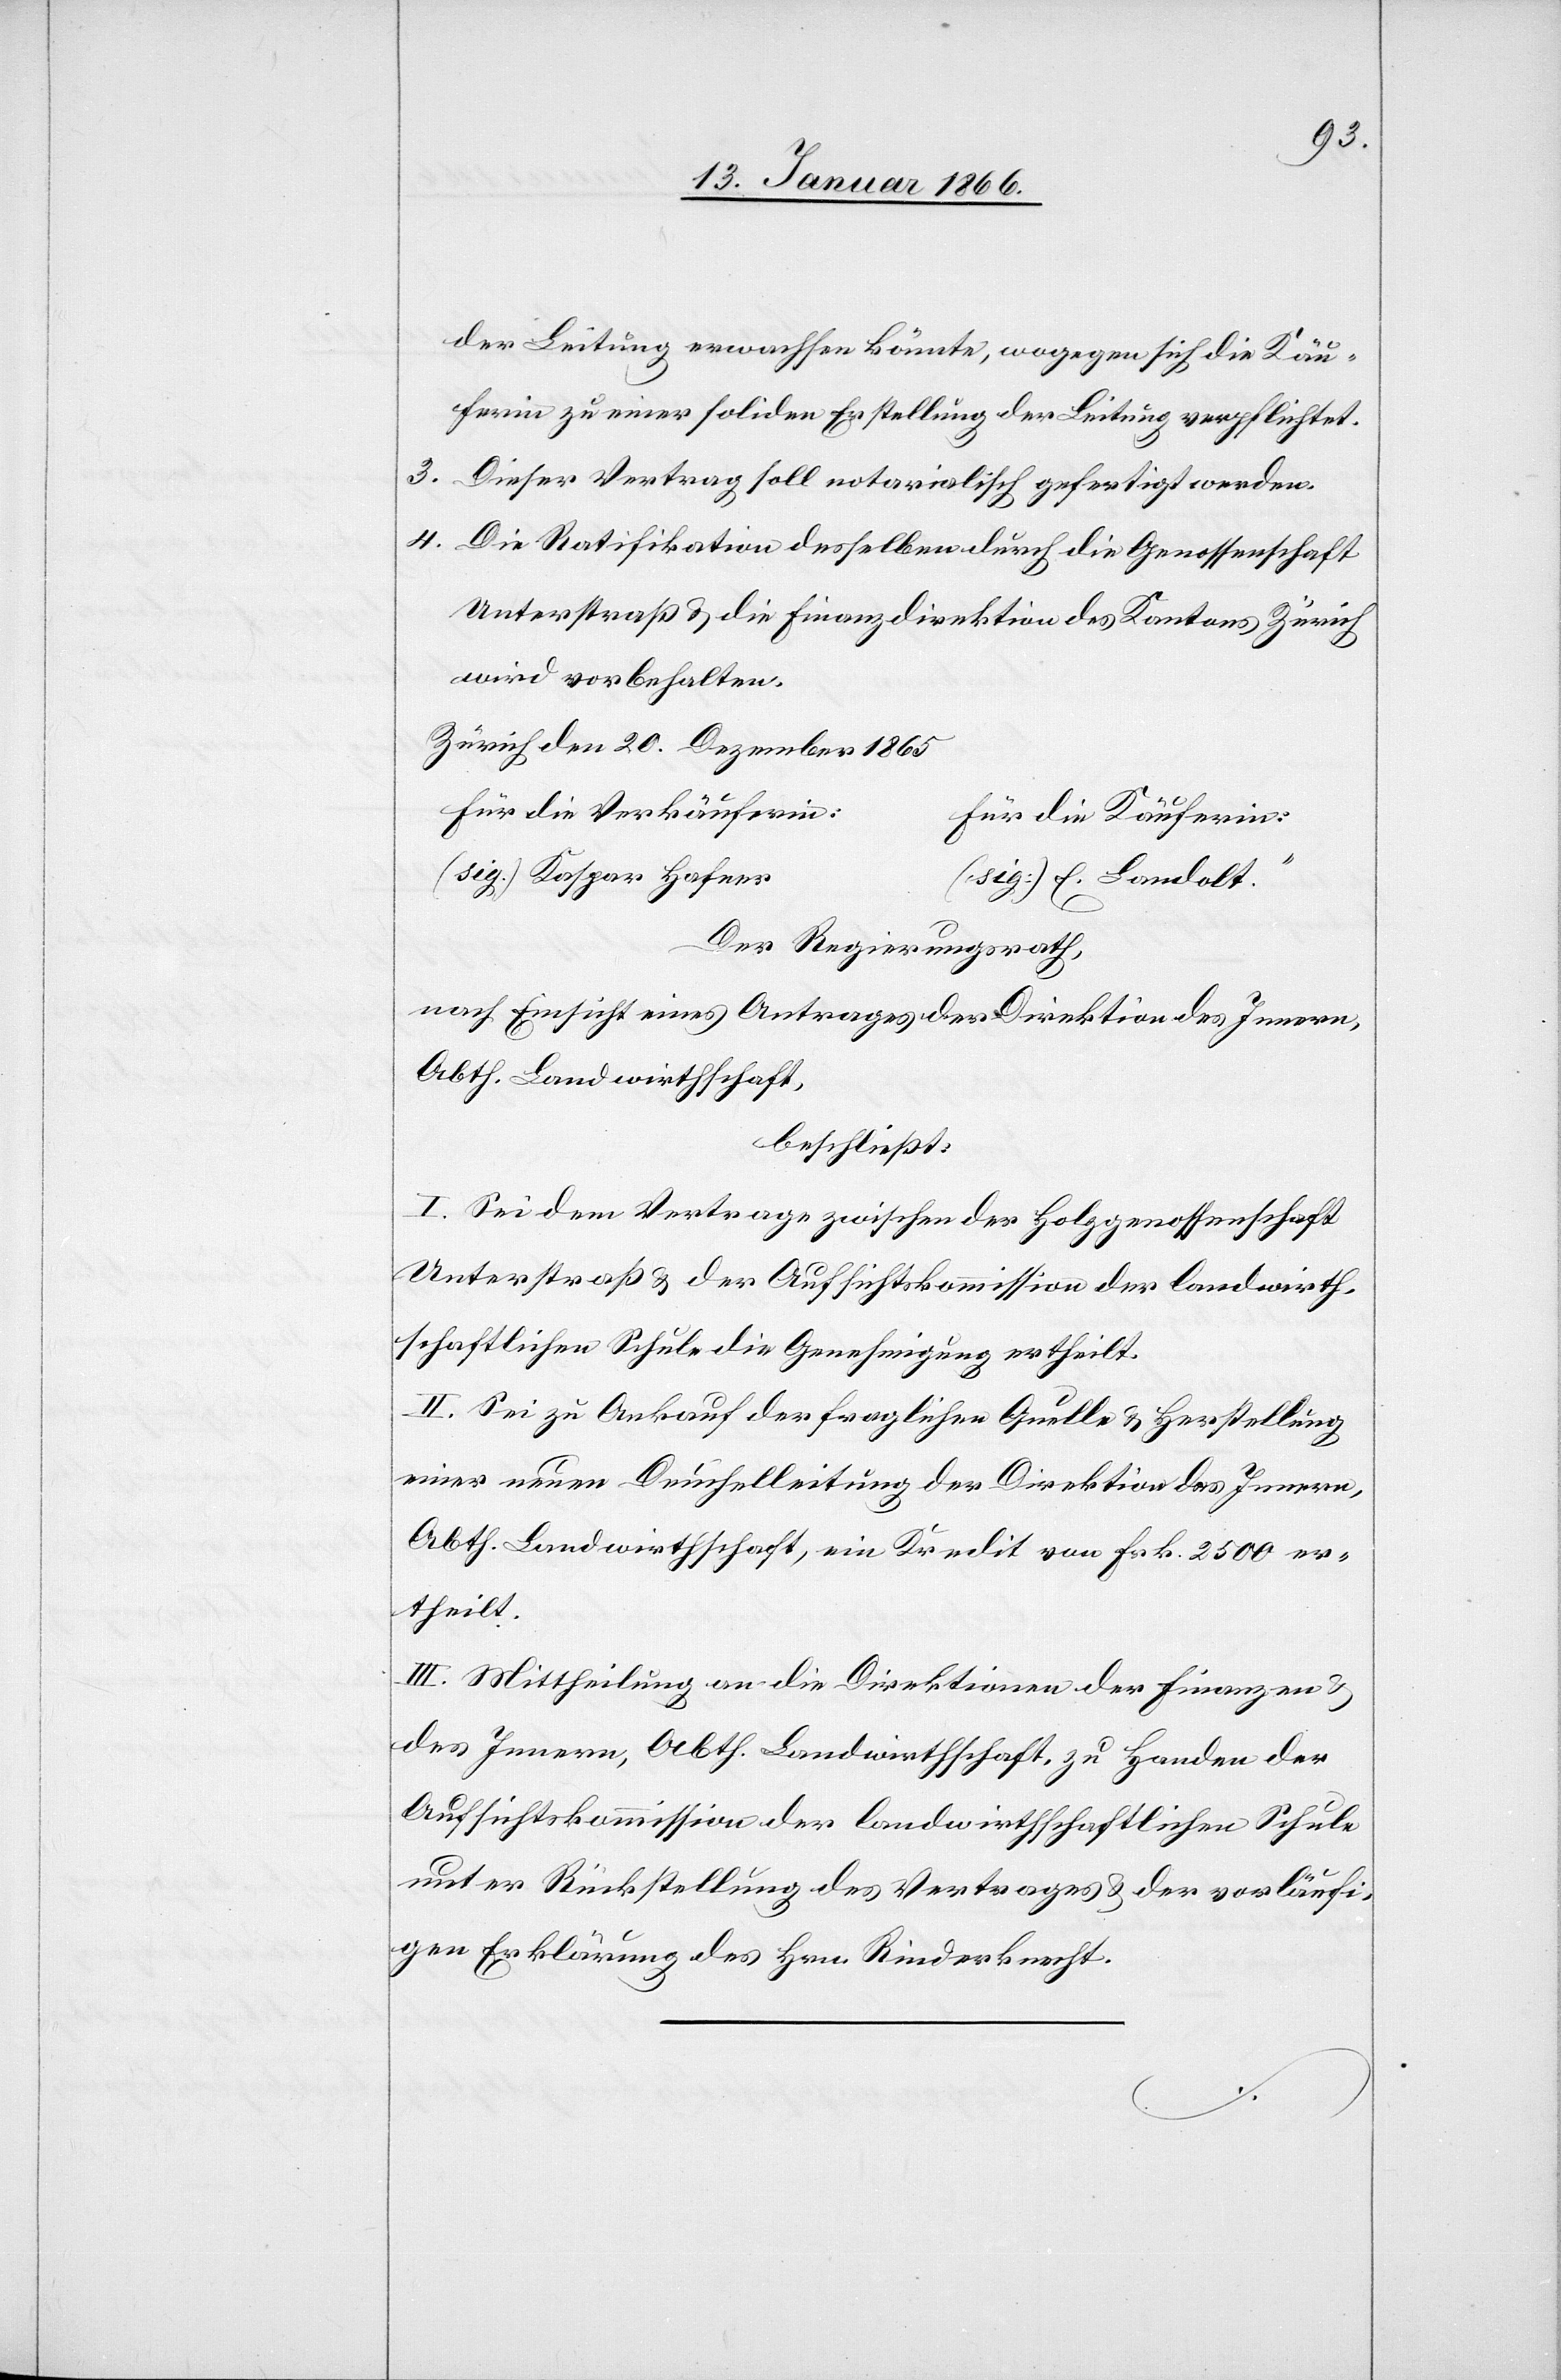
der Leitung erwachsen könnte, wogegen sich die Käu¬
ferin zu einer soliden Erstellung der Leitung verpflichtet.
3. Dieser Vertrag soll notarialisch gefertigt werden.
4. Die Ratifikation desselben durch die Genossenschaft
Unterstraß u. die Finanzdirektion des Kantons Zürich
wird vorbehalten.
Zürich den 20. Dezember 1865
für die Verkäuferi¬
n:	für die Käuferin:
(sig.) Kaspar Hafne¬
r	(sig:) E. Landolt.“
Der Regierungsrath,
nach Einsicht eines Antrages der Direktion des Innern,
Abth. Landwirthschaft,
beschließt:
I. Sei dem Vertrage zwischen der Holzgenossenschaft
Unterstraß u. der Aufsichtskommission der landwirth¬
schaftlichen Schule die Genehmigung ertheilt.
II. Sie zu Ankauf der fraglichen Quelle u. Herstellung
einer neuen Deuchelleitung der Direktion des Innern,
Abth. Landwirthschaft, ein Kredit von Fr. 2500 er¬
theilt.
III. Mittheilung an die Direktionen der Finanzen u.
des Innern, Abth. Landwirthschaft, zu Handen der
Aufsichtskommission der landwirthschaftlichen Schule
unter Rückstellung des Vertrages u. der vorläufi¬
gen Erklärung des Hrn. Rinderknecht.